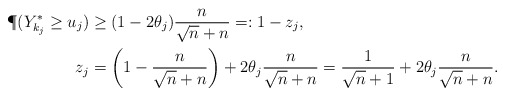
\begin{align*}\P(Y_{k_j}^* \ge u_j) &\ge (1-2\theta_j)\frac{n}{\sqrt{n} + n} =: 1- z_j, \\z_j &= \left(1-\frac{n}{\sqrt{n} + n}\right) + 2 \theta_j \frac{n}{\sqrt{n} + n} = \frac{1}{\sqrt{n} + 1} + 2 \theta_j \frac{n}{\sqrt{n} + n}.\end{align*}